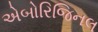
એબોરિજિનલ